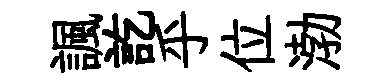
諷訖乎位渤